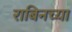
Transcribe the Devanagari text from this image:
राबिनच्या